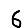
Digit: 6